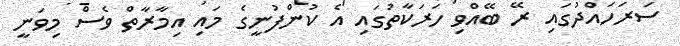
ސަރަހައްދުގައި ރޭ ބޭއްވި ހަރަކާތުގައި އެ ކުންފުނީގެ މައި އިމާރާތް ވެސް މިވަނީ